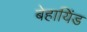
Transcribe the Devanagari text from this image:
बेहायिंड